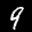
Label: 9